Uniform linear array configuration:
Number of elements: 64
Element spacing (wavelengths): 0.25
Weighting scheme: cosine
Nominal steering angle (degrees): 45
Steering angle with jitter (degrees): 44.068
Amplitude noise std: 0.05
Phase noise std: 0.05

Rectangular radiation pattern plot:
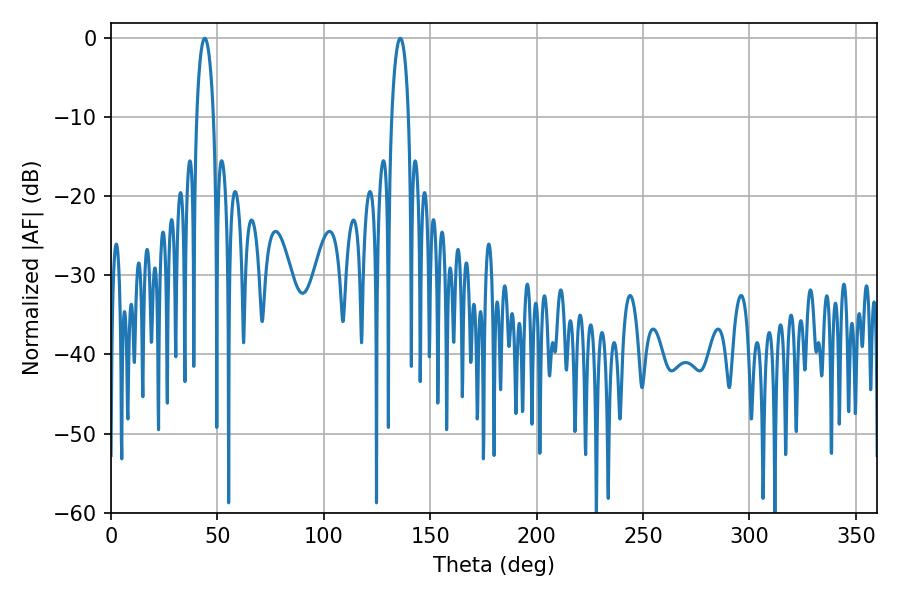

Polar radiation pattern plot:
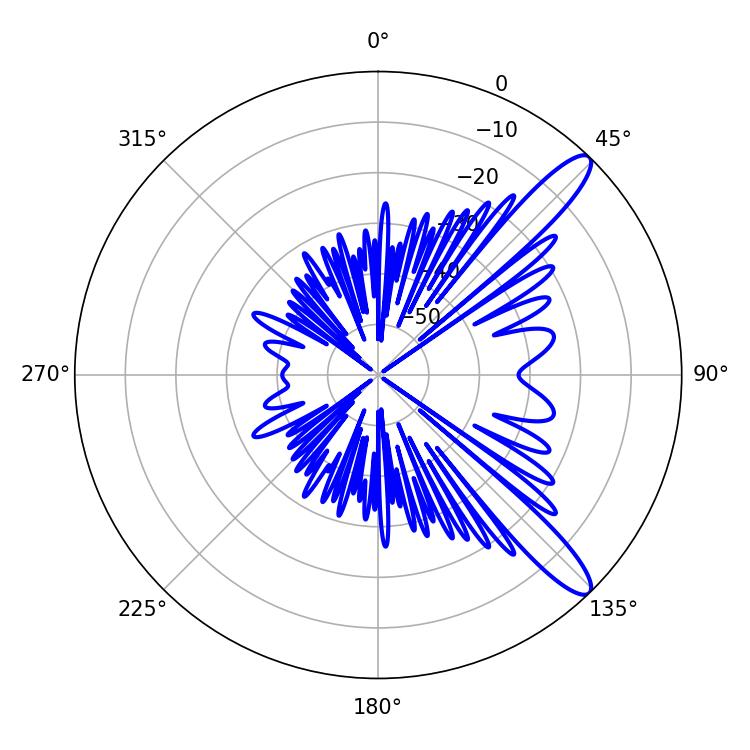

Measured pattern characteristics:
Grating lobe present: FALSE
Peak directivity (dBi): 12.132
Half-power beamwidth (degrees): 4.32
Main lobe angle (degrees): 44.1